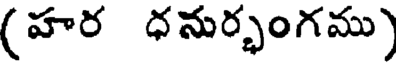
(హర ధనుర్భంగము)